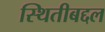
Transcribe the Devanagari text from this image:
स्थितीबद्दल